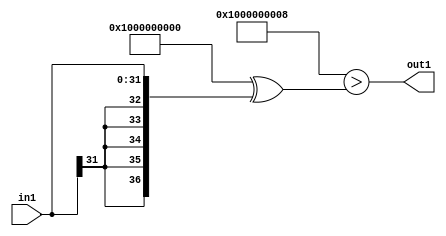
`timescale 1ps / 1ps
/*****************************************************************************
    Verilog RTL Description
    
    
    Created by: Stratus DpOpt 2019.1.01 
*******************************************************************************/

module dut_Lti8s32_1 (
	in1,
	out1
	); /* architecture "behavioural" */ 
input [31:0] in1;
output  out1;
wire  asc001;

assign asc001 = ((37'B1000000000000000000000000000000000000 ^ 37'B0000000000000000000000000000000001000)>(37'B1000000000000000000000000000000000000
    ^ {{5{in1[31]}}, in1}));

assign out1 = asc001;
endmodule

/* CADENCE  uLH0SQ4= : u9/ySgnWtBlWxVPRXgAZ4Og= ** DO NOT EDIT THIS LINE ******/